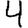
Digit: 4